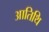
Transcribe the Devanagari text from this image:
आतिथि